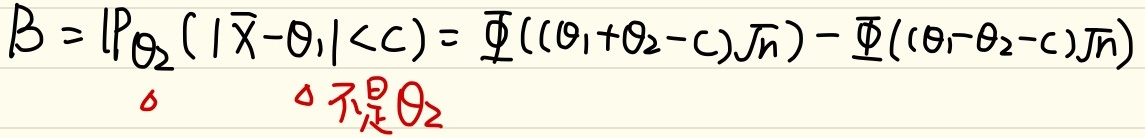
\(B = \mathbb{P}_{\theta_2}(|\bar{X}-\theta_1|<c)=\varPhi((\theta_1 + \theta_2 - c)\sqrt{n})-\varPhi((\theta_1-\theta_2 - c)\sqrt{n})\)
❌ 不是\(\theta_2\)